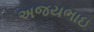
અજયભાઇ